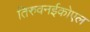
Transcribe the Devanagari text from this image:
तिरुवनईकोएल